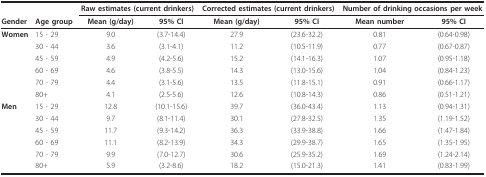
<table><thead><tr><td>[EMPTY_CELL]</td><td>[EMPTY_CELL]</td><td colspan="2"><b>Raw estimates (current drinkers)</b></td><td colspan="2"><b>Corrected estimates (current drinkers)</b></td><td colspan="2"><b>Number of drinking occasions per week</b></td></tr><tr><td><b>Gender</b></td><td><b>Age group</b></td><td><b>Mean (g/day)</b></td><td><b>95% CI</b></td><td><b>Mean (g/day)</b></td><td><b>95% CI</b></td><td><b>Mean number</b></td><td><b>95% CI</b></td></tr></thead><tbody><tr><td><b>Women</b></td><td>15 - 29</td><td>9.0</td><td>(3.7-14.4)</td><td>27.9</td><td>(23.6-32.2)</td><td>0.81</td><td>(0.64-0.98)</td></tr><tr><td>[EMPTY_CELL]</td><td>30 - 44</td><td>3.6</td><td>(3.1-4.1)</td><td>11.2</td><td>(10.5-11.9)</td><td>0.77</td><td>(0.67-0.87)</td></tr><tr><td>[EMPTY_CELL]</td><td>45 - 59</td><td>4.9</td><td>(4.2-5.6)</td><td>15.2</td><td>(14.1-16.3)</td><td>1.07</td><td>(0.95-1.18)</td></tr><tr><td>[EMPTY_CELL]</td><td>60 - 69</td><td>4.6</td><td>(3.8-5.5)</td><td>14.3</td><td>(13.0-15.6)</td><td>1.04</td><td>(0.84-1.23)</td></tr><tr><td>[EMPTY_CELL]</td><td>70 - 79</td><td>4.4</td><td>(3.1-5.6)</td><td>13.5</td><td>(11.8-15.1)</td><td>0.91</td><td>(0.66-1.17)</td></tr><tr><td>[EMPTY_CELL]</td><td>80+</td><td>4.1</td><td>(2.5-5.6)</td><td>12.6</td><td>(10.8-14.3)</td><td>0.86</td><td>(0.51-1.21)</td></tr><tr><td><b>Men</b></td><td>15 - 29</td><td>12.8</td><td>(10.1-15.6)</td><td>39.7</td><td>(36.0-43.4)</td><td>1.13</td><td>(0.94-1.31)</td></tr><tr><td>[EMPTY_CELL]</td><td>30 - 44</td><td>9.7</td><td>(8.1-11.4)</td><td>30.1</td><td>(27.8-32.5)</td><td>1.35</td><td>(1.19-1.52)</td></tr><tr><td>[EMPTY_CELL]</td><td>45 - 59</td><td>11.7</td><td>(9.3-14.2)</td><td>36.3</td><td>(33.9-38.8)</td><td>1.66</td><td>(1.47-1.84)</td></tr><tr><td>[EMPTY_CELL]</td><td>60 - 69</td><td>11.1</td><td>(8.2-13.9)</td><td>34.3</td><td>(29.9-38.7)</td><td>1.65</td><td>(1.35-1.95)</td></tr><tr><td>[EMPTY_CELL]</td><td>70 - 79</td><td>9.9</td><td>(7.0-12.7)</td><td>30.6</td><td>(25.9-35.2)</td><td>1.69</td><td>(1.24-2.14)</td></tr><tr><td>[EMPTY_CELL]</td><td>80+</td><td>5.9</td><td>(3.2-8.6)</td><td>18.2</td><td>(15.0-21.3)</td><td>1.41</td><td>(0.83-1.99)</td></tr></tbody></table>